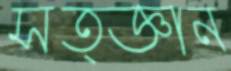
সত্জ্ঞান